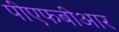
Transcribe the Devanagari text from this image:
पीएफबीआर